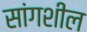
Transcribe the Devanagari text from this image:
सांगशील